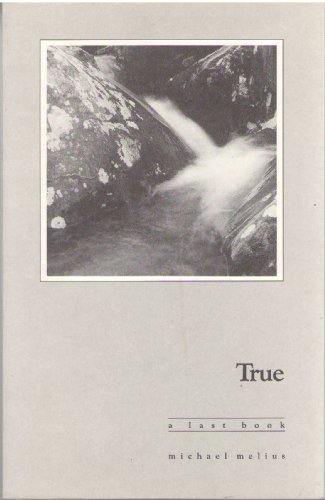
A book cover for True: Notes from Journeys in South Dakota; Michael Melius; Travel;